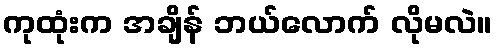
ကုထုံးက အချိန် ဘယ်လောက် လိုမလဲ။